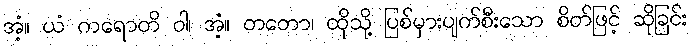
အံ့။ ယံ ကရောတိ ဝါ၊ အံ့။ တတော၊ ထိုသို့ ပြစ်မှားပျက်စီးသော စိတ်ဖြင့် ဆိုခြင်း